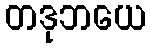
တဒုဘယေ